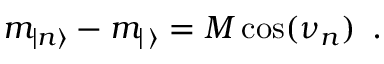
m _ { | n \rangle } - m _ { | \, \rangle } = M \cos ( \nu _ { n } ) \, \, \, .